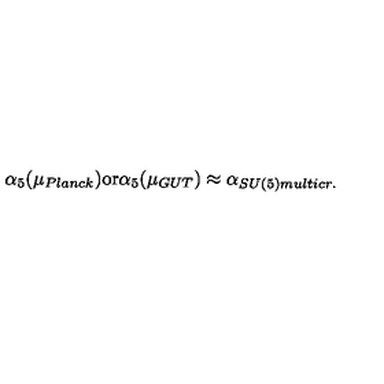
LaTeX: \alpha _ { 5 } ( \mu _ { P l a n c k } ) \mathrm { o r } \alpha _ { 5 } ( \mu _ { G U T } ) \approx \alpha _ { S U ( 5 ) m u l t i c r . }